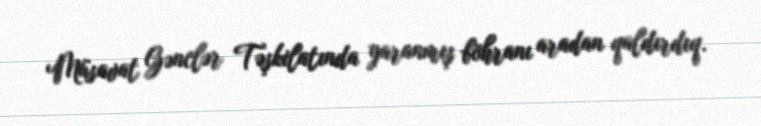
Müsavat Gənclər Təşkilatında yaranmış böhranı aradan qaldırdıq.